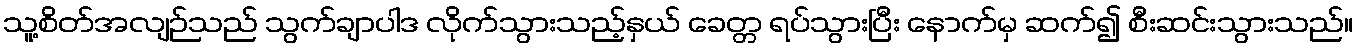
သူ့စိတ်အလျဉ်သည် သွက်ချာပါဒ လိုက်သွားသည့်နှယ် ခေတ္တ ရပ်သွားပြီး နောက်မှ ဆက်၍ စီးဆင်းသွားသည်။